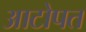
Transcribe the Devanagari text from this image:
आटोपत